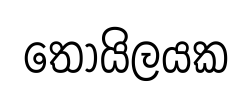
තොයිලයක